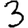
Digit: 3